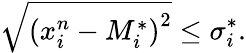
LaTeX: \displaystyle\sqrt{\left(x_{i}^{n}-M_{i}^{*}\right)^{2}}\le\sigma_{i}^{*}.